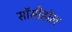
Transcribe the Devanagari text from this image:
सॉसीहॉल